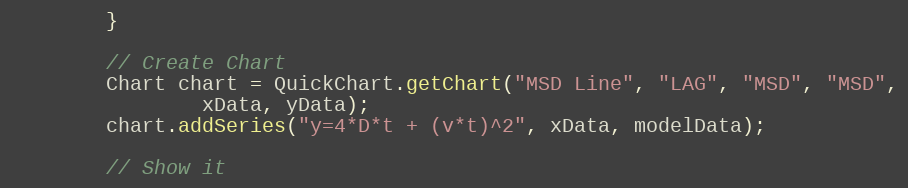
Language: Java
		}

		// Create Chart
		Chart chart = QuickChart.getChart("MSD Line", "LAG", "MSD", "MSD",
				xData, yData);
		chart.addSeries("y=4*D*t + (v*t)^2", xData, modelData);

		// Show it